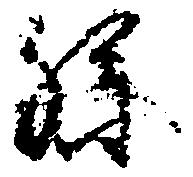
孫